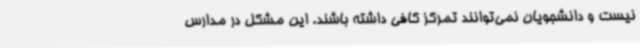
نیست و دانشجویان نمی‌توانند تمرکز کافی داشته باشند. این مشکل در مدارس